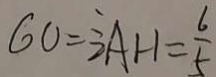
6 0 = 3 \frac { 1 } { 2 } A H = \frac { 6 } { 5 }